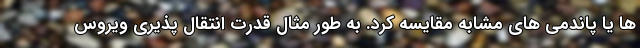
ها یا پاندمی های مشابه مقایسه کرد. به طور مثال قدرت انتقال پذیری ویروس